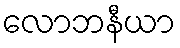
လောဘနီယာ